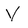
Character: V